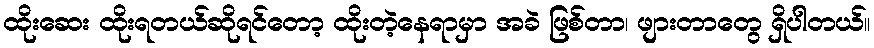
ထိုးဆေး ထိုးရတယ်ဆိုရင်တော့ ထိုးတဲ့နေရာမှာ အခဲ ဖြစ်တာ၊ ဖျားတာတွေ ရှိပါတယ်။